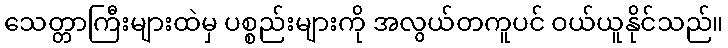
သေတ္တာကြီးများထဲမှ ပစ္စည်းများကို အလွယ်တကူပင် ဝယ်ယူနိုင်သည်။